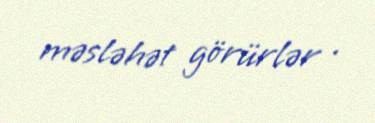
məsləhət görürlər .